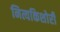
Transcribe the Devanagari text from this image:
नित्यकिशोरी